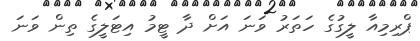
ޕްރިމިއާ ލީގުގެ ހަތަރު ވަނަ އަށް ދާ ޓީމު އިޓަލީގެ ތިން ވަނަ